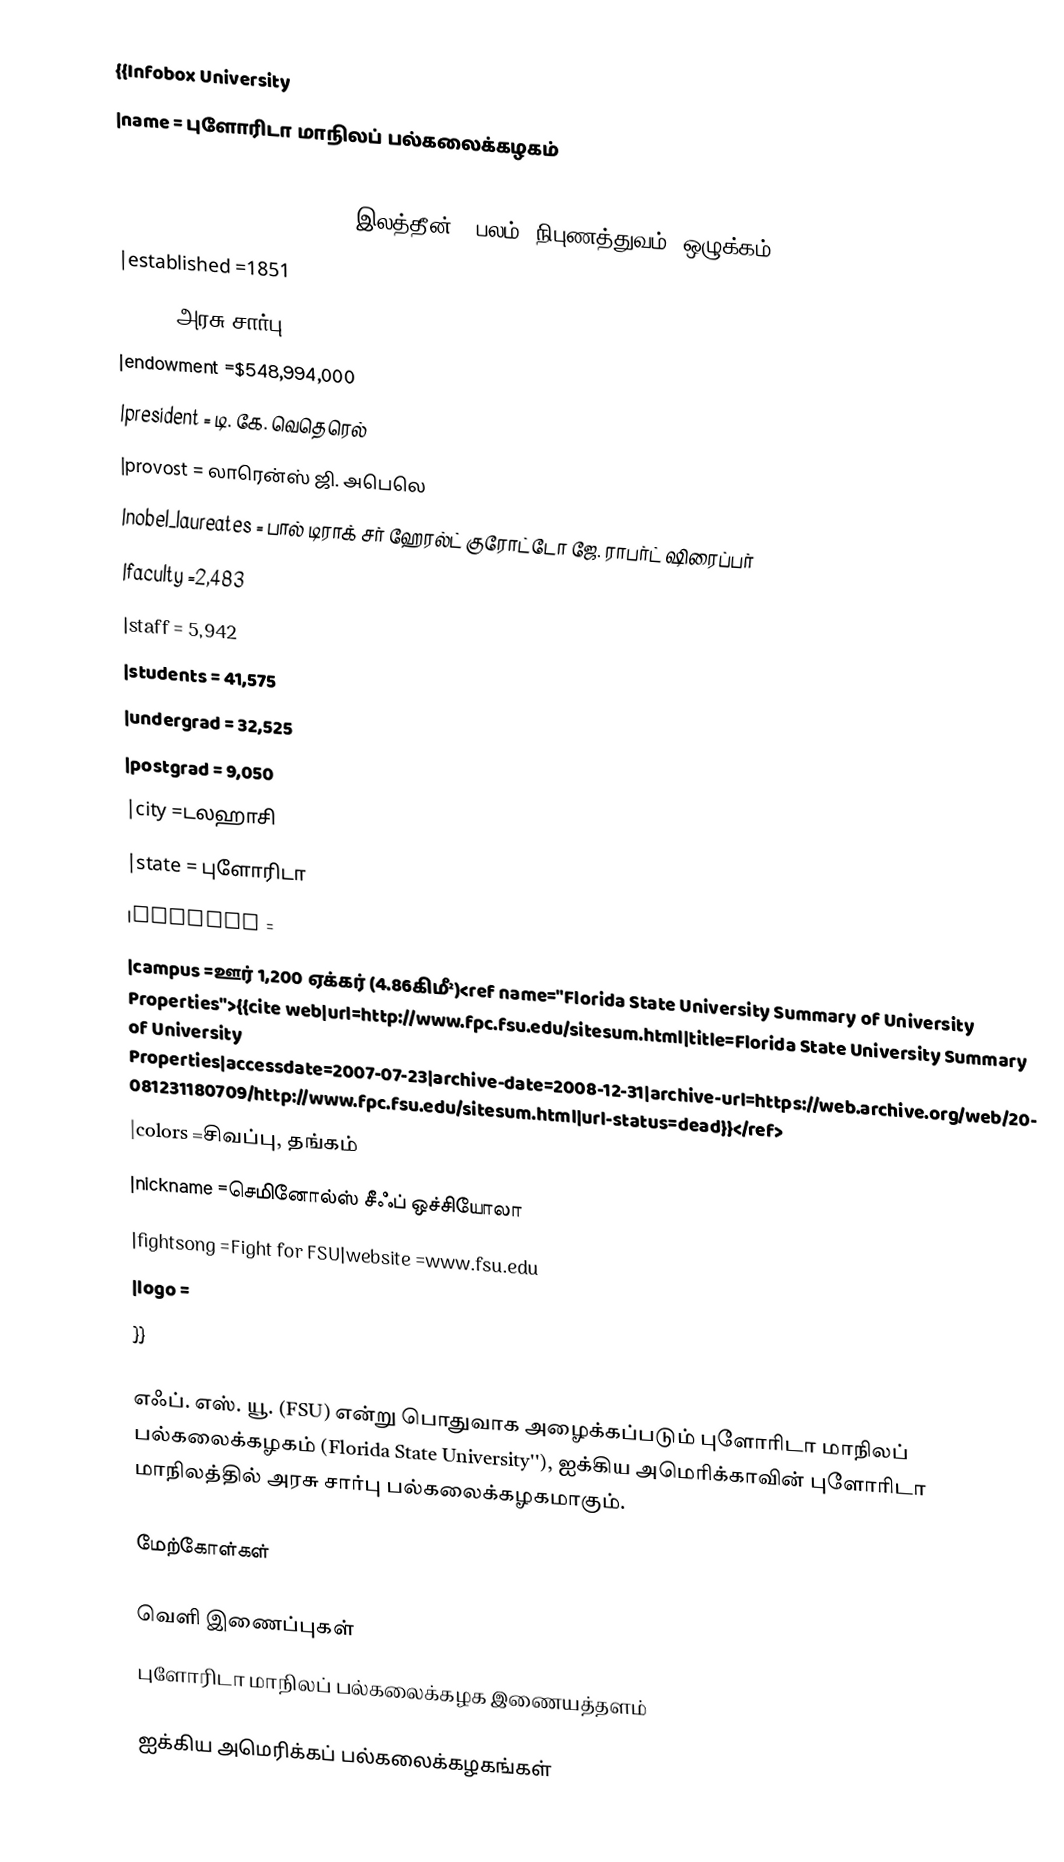
{{Infobox University
|name = புளோரிடா மாநிலப் பல்கலைக்கழகம்
|image_name = FSU_seal.svg
|motto             = Vires, artes, mores(இலத்தீன்: "பலம், நிபுணத்துவம், ஒழுக்கம்")
|established       =1851
|type              =அரசு சார்பு
|endowment         =$548,994,000
|president         = டி. கே. வெதெரெல்
|provost           = லாரென்ஸ் ஜி. அபெலெ
|nobel_laureates   = பால் டிராக்  சர் ஹேரல்ட் குரோட்டோ  ஜே. ராபர்ட் ஷிரைப்பர்
|faculty           =2,483
|staff             = 5,942
|students          = 41,575
|undergrad         = 32,525
|postgrad          = 9,050
|city              =டலஹாசி
|state             = புளோரிடா
|country           =
|campus            =ஊர்  1,200 ஏக்கர் (4.86கிமீ²)<ref name="Florida State University Summary of University Properties">{{cite web|url=http://www.fpc.fsu.edu/sitesum.html|title=Florida State University Summary of University Properties|accessdate=2007-07-23|archive-date=2008-12-31|archive-url=https://web.archive.org/web/20081231180709/http://www.fpc.fsu.edu/sitesum.html|url-status=dead}}</ref>
|colors            =சிவப்பு, தங்கம்
|nickname          =செமினோல்ஸ்  சீஃப் ஒச்சியோலா
|fightsong         =Fight for FSU|website           =www.fsu.edu
|logo              =
}}

எஃப். எஸ். யூ. (FSU) என்று பொதுவாக அழைக்கப்படும் புளோரிடா மாநிலப் பல்கலைக்கழகம் (Florida State University''), ஐக்கிய அமெரிக்காவின் புளோரிடா மாநிலத்தில் அரசு சார்பு பல்கலைக்கழகமாகும்.

மேற்கோள்கள்

வெளி இணைப்புகள்
 புளோரிடா மாநிலப் பல்கலைக்கழக இணையத்தளம்

ஐக்கிய அமெரிக்கப் பல்கலைக்கழகங்கள்